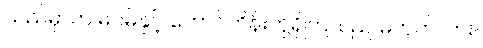
သည်မှာက မဂမ်နှင့် ဘောင်ဟိန်းတို့ရှိကြသည် မဟုတ်လား။